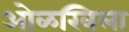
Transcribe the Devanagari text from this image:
ओळखिला